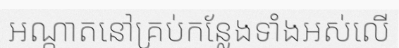
អណ្តាតនៅគ្រប់កន្លែងទាំងអស់លើ